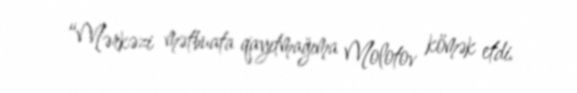
“Mərkəzi mətbuata qayıtmağıma Molotov kömək etdi.